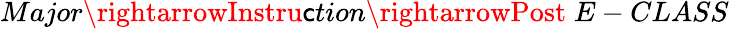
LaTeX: Major\rightarrowInstru\mathsf{c}tion\rightarrowPost\; E-CLASS